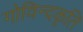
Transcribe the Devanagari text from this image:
गोविन्दकृति